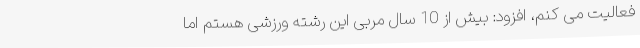
فعالیت می‌ کنم، افزود: بیش از 10 سال مربی این رشته ورزشی هستم اما